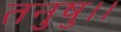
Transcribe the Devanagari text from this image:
तनुषु।।